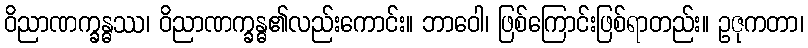
ဝိညာဏက္ခန္ဓဿ၊ ဝိညာဏက္ခန္ဓ၏လည်းကောင်း။ ဘာဝေါ၊ ဖြစ်ကြောင်းဖြစ်ရာတည်း။ ဥဇုကတာ၊